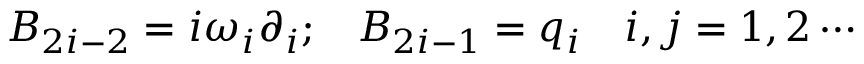
B _ { 2 i - 2 } = i \omega _ { i } \partial _ { i } ; \; \; \; B _ { 2 i - 1 } = q _ { i } \ \ \ i , j = 1 , 2 \cdots